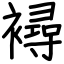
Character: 襑